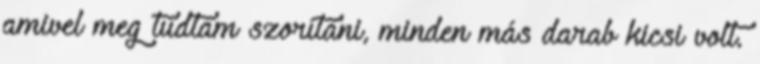
amivel meg tudtam szorítani, minden más darab kicsi volt.